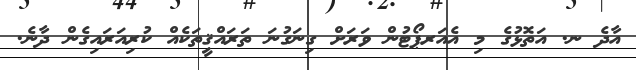
އާދެ ނ. އަތޮޅުގެ މި އެއަރޕޯޓުން ވަރަށް ގިނަގުނަ ތަރައްޤީތަކެއް ކުރިއަރައިގެން ދާނެ.